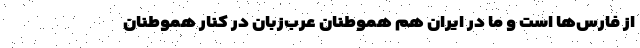
از فارس‌ها است و ما در ايران هم هموطنان عرب‌زبان در كنار هموطنان